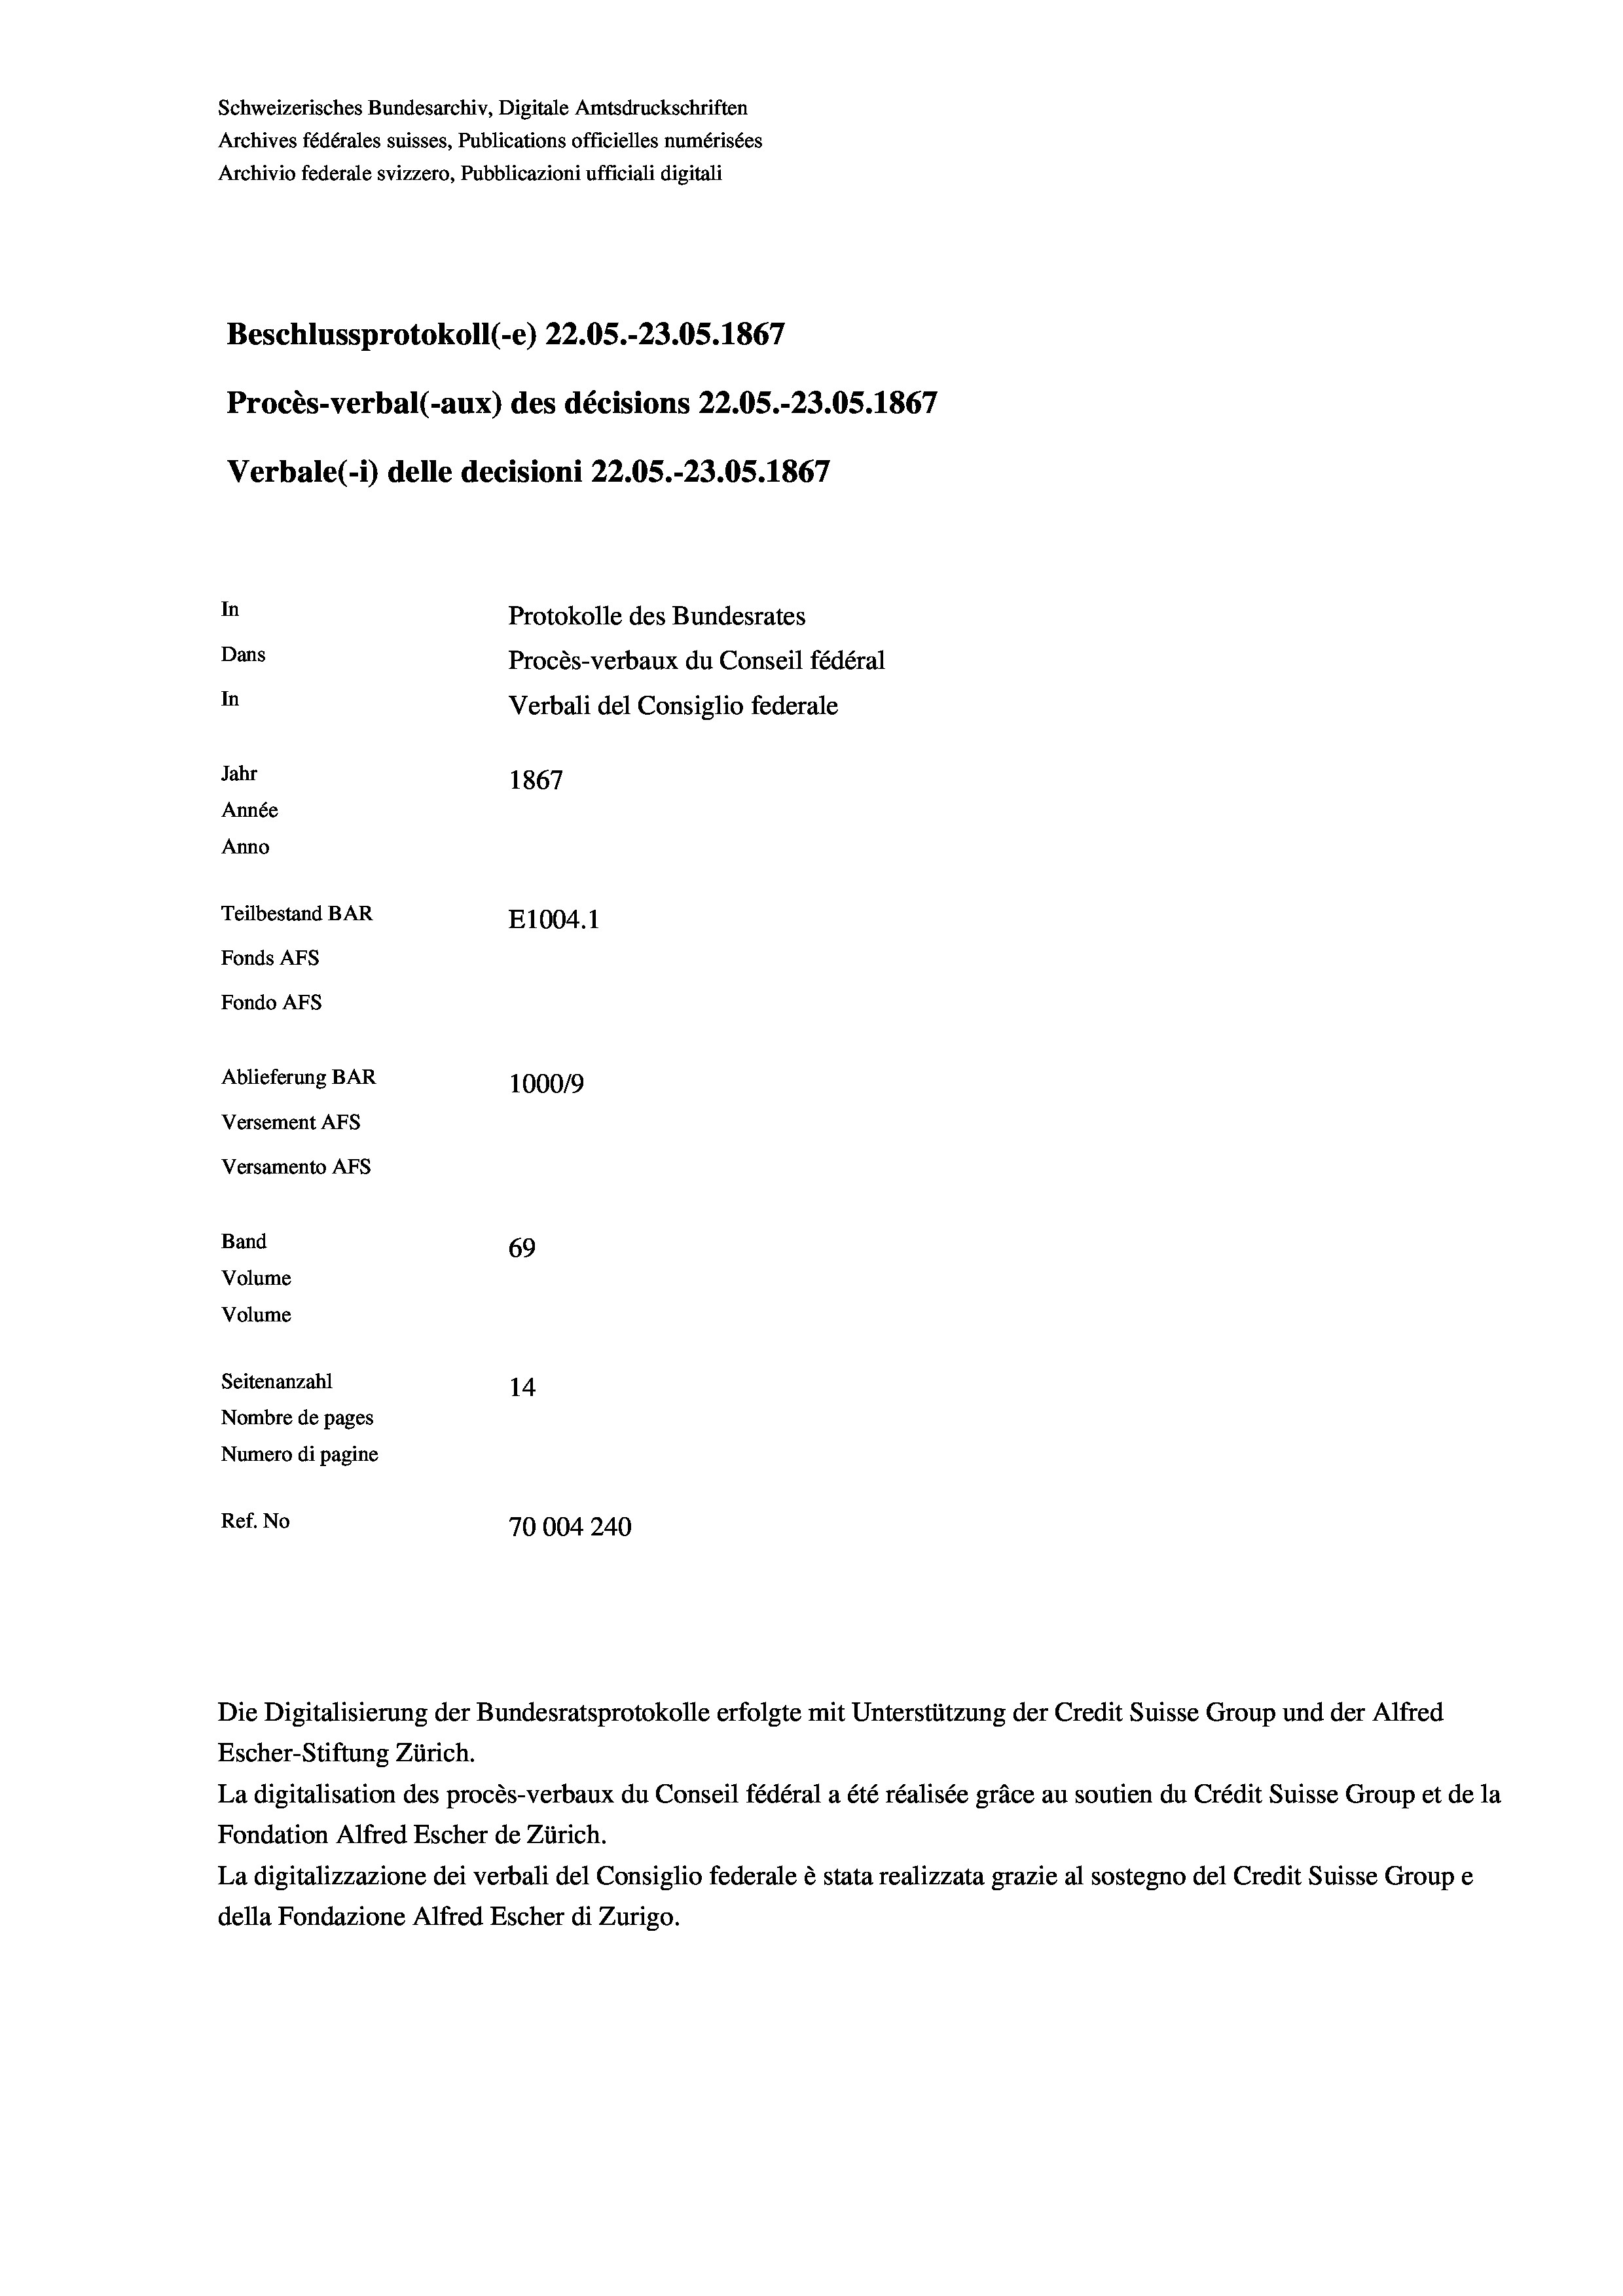
Schweizerisches Bundesarchiv, Digitale Amtsdruckschriften
Archives fédérales suisses, Publications officielles numérisées
Archivio federale svizzero, Pubblicazioni ufficiali digitali
Beschlussprotokoll (e) 22.05.-23.05. 1867
Procès-verbal (-aux) des décisions 22.05.-23.05. 1867
Verbale (- 1) delle decisioni 22.05.-23.05. 1867
In
Protokolle des Bundesrates
Dans
Procès-verbaux du Conseil fédéral
In
Verbali del Consiglio federale
Jahr
1867
Année
Anno
Teilbestand BAR
E1004.1
Fonds AFs
Fondo Afs
Ablieferung BAR
100019
Versement AFS
Versamento Afs
Band
69
Volume
Volume
Seitenanzahl
14
Nombre de pages
Numero di pagine
Ref. No
70004240

Escher-Stiftung Zürich.
La digitalisation des procès-verbaux du Conseil fédéral a été réalisée gräce au soutien du Crédit Suisse Group et de la
Fondation Alfred Escher de Zürich.
La digitalizzazione dei verbali del Consiglio federale è stata realizzata grazie al sostegno del Credit Suisse Groupe
della Fondazione Alfred Escher di Zurigo.

Die Digitalisierung der Bundesratsprotokolle erfolgte mit Unterstützung der Credit Suisse Group und der Alfred